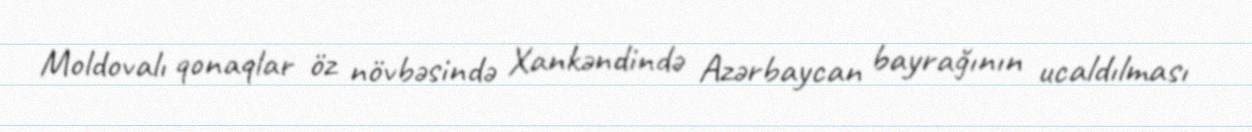
Moldovalı qonaqlar öz növbəsində Xankəndində Azərbaycan bayrağının ucaldılması